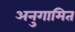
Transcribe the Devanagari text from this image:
अनुगामित